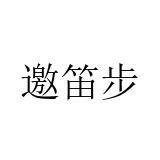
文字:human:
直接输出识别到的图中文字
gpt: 邀笛步